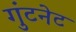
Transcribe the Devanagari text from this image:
गुंटनेट